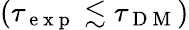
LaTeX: \left(\tau_{\mathrm{~e~x~p~}}\lesssim\tau_{\mathrm{~D~M~}}\right)